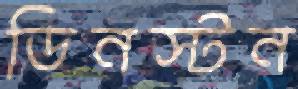
ডিনস্টন